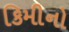
કિમીનો